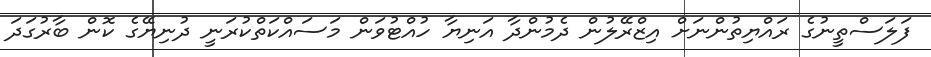
ފަލަސްތީނުގެ ރައްޔިތުންނަށް އިޒްރޭލުން ދެމުންދާ އަނިޔާ ހުއްޓުވަން މަސައްކަތްކުރަނީ ދުނިޔޭގެ ކޮން ބާރުގަދަ